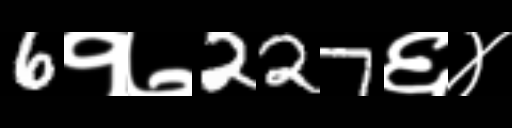
Text: 6१७227६४